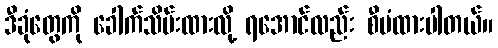
ဒီခုံတွေကို ခေါက်သိမ်းထားလို့ ရအောင်လည်း စီမံထားပါတယ်။